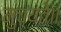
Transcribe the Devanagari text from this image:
मुच्यते॥